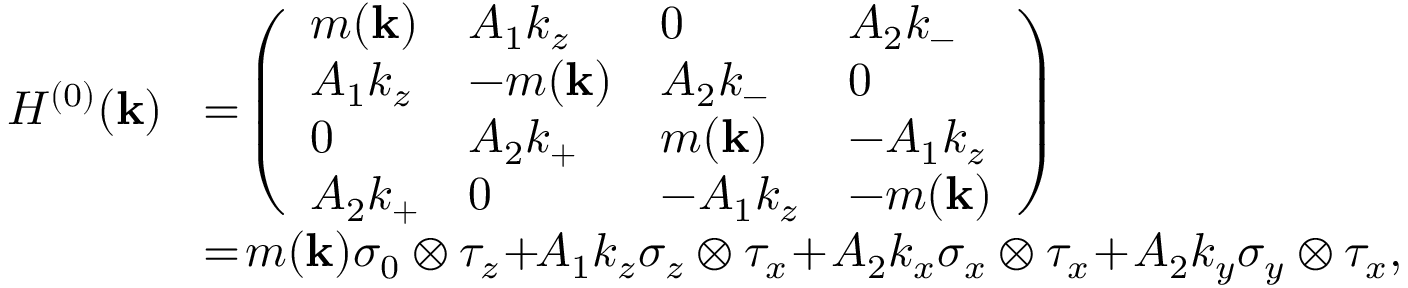
\begin{array} { r l } { { \cal H } ^ { ( 0 ) } ( { \bf k } ) } & { \! = \! \left( \begin{array} { l l l l } { m ( { \bf k } ) } & { A _ { 1 } k _ { z } } & { 0 } & { A _ { 2 } k _ { - } } \\ { A _ { 1 } k _ { z } } & { - m ( { \bf k } ) } & { A _ { 2 } k _ { - } } & { 0 } \\ { 0 } & { A _ { 2 } k _ { + } } & { m ( { \bf k } ) } & { - A _ { 1 } k _ { z } } \\ { A _ { 2 } k _ { + } } & { 0 } & { - A _ { 1 } k _ { z } } & { - m ( { \bf k } ) } \end{array} \right) } \\ & { \! = \! m ( { \bf k } ) \sigma _ { 0 } \otimes \tau _ { z } \! + \! \! A _ { 1 } k _ { z } \sigma _ { z } \otimes \tau _ { x } \! + \! A _ { 2 } k _ { x } \sigma _ { x } \otimes \tau _ { x } \! + \! A _ { 2 } k _ { y } \sigma _ { y } \otimes \tau _ { x } , } \end{array}